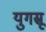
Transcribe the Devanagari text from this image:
युगस्रू